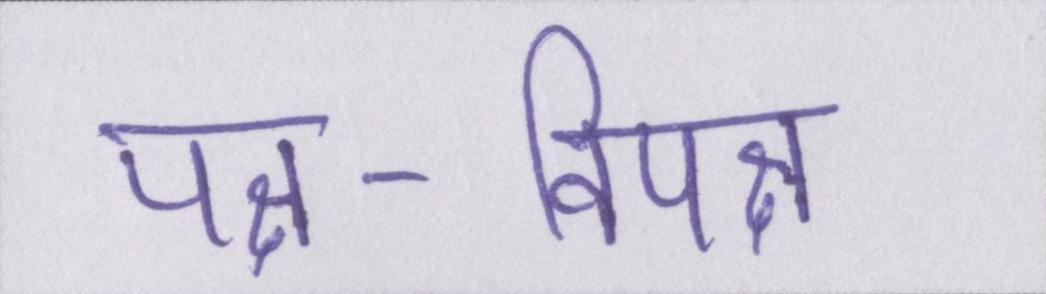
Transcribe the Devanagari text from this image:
पक्ष-विपक्ष